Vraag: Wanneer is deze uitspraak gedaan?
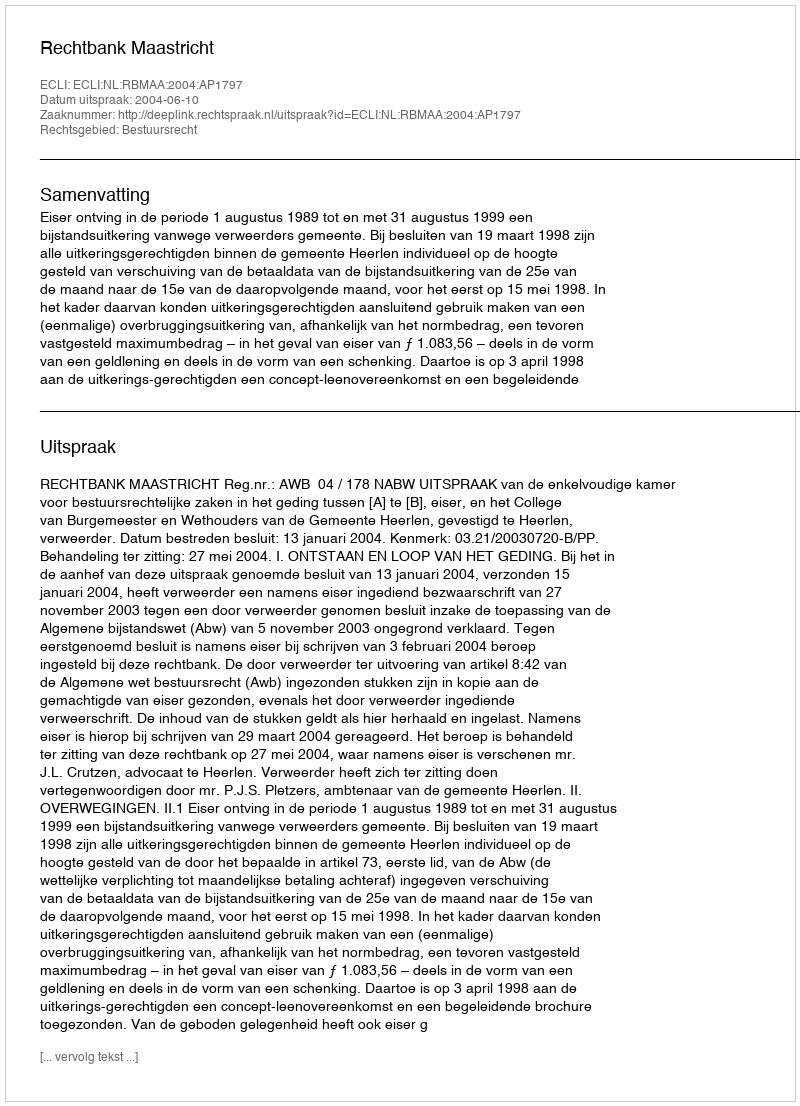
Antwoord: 2004-06-10